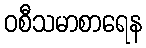
ဝစီသမာစာရေန